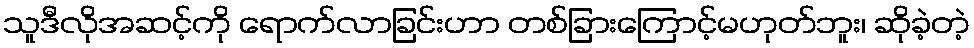
သူဒီလိုအဆင့်ကို ရောက်လာခြင်းဟာ တစ်ခြားကြောင့်မဟုတ်ဘူး၊ ဆိုခဲ့တဲ့